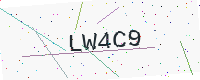
Text: LW4C9